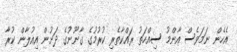
އެހެން ނަމަވެސް އާންމު ސިއްހަތު ރައްކާތެރި ކުރުމުގެ ގާނޫނުގެ ދަށުން އިއުލާން ކުރާ